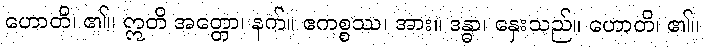
ဟောတိ၊ ၏။ ဣတိ အတ္တော၊ နက်။ ဧကစ္စဿ၊ အား။ ဒန္ဓာ၊ နှေးသည်။ ဟောတိ၊ ၏။